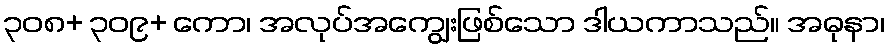
၃၀၈+ ၃၀၉+ ကော၊ အလုပ်အကျွေးဖြစ်သော ဒါယကာသည်။ အဓုနာ၊